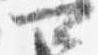
可